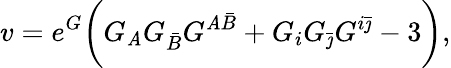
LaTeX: v=e^{G}\biggl(G_{\mathit{A}}G_{\bar{{B}}}G^{\mathit{A}\bar{{B}}}+G_{i}G_{\bar{{\jmath}}}G^{i\bar{{\jmath}}}-3\biggr),